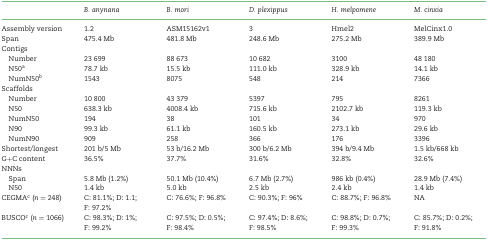
|  | B. anynana | B. mori | D. plexippus | H. melpomene | M. cinxia |
 | --- | --- | --- | --- | --- | --- |
 | Assembly version | 1.2 | ASM15162v1 | 3 | Hmel2 | MelCinx1.0 |
 | Span | 475.4 Mb | 481.8 Mb | 248.6 Mb | 275.2 Mb | 389.9 Mb |
 | Contigs |  |  |  |  |  |
 | Number | 23 699 | 88 673 | 10 682 | 3100 | 48 180 |
 | N50a | 78.7 kb | 15.5 kb | 111.0 kb | 328.9 kb | 14.1 kb |
 | NumN50b | 1543 | 8075 | 548 | 214 | 7366 |
 | Scaffolds |  |  |  |  |  |
 | Number | 10 800 | 43 379 | 5397 | 795 | 8261 |
 | N50 | 638.3 kb | 4008.4 kb | 715.6 kb | 2102.7 kb | 119.3 kb |
 | NumN50 | 194 | 38 | 101 | 34 | 970 |
 | N90 | 99.3 kb | 61.1 kb | 160.5 kb | 273.1 kb | 29.6 kb |
 | NumN90 | 909 | 258 | 366 | 176 | 3396 |
 | Shortest/longest | 201 b/5 Mb | 53 b/16.2 Mb | 300 b/6.2 Mb | 394 b/9.4 Mb | 1.5 kb/668 kb |
 | G+C content | 36.5% | 37.7% | 31.6% | 32.8% | 32.6% |
 | NNNs |  |  |  |  |  |
 | Span | 5.8 Mb (1.2%) | 50.1 Mb (10.4%) | 6.7 Mb (2.7%) | 986 kb (0.4%) | 28.9 Mb (7.4%) |
 | N50 | 1.4 kb | 5.0 kb | 2.5 kb | 2.4 kb | 1.4 kb |
 | CEGMAc (n = 248) | C: 81.1%; D: 1.1; F: 97.2% | C: 76.6%; F: 96.8% | C: 90.3%; F: 96% | C: 88.7%; F: 96.8% | NA |
 | BUSCOc (n = 1066) | C: 98.3%; D: 1%; F: 99.2% | C: 97.5%; D: 0.5%; F: 98.4% | C: 97.4%; D: 8.6%; F: 98.5% | C: 98.8%; D: 0.7%; F: 99.3% | C: 85.7%; D: 0.2%; F: 91.8% |